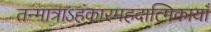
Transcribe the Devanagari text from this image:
तन्मात्राऽहंकारमहदात्मिकायाँ